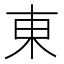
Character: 東